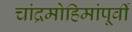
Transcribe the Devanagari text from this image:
चांद्रमोहिमांपूर्वी